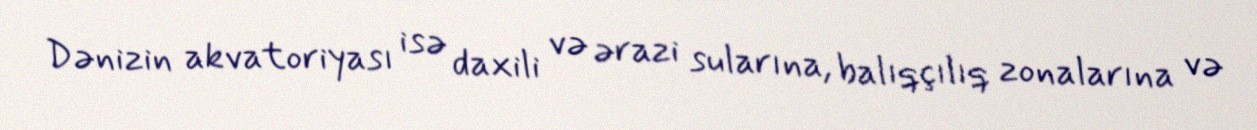
Dənizin akvatoriyası isə daxili və ərazi sularına, balıqçılıq zonalarına və